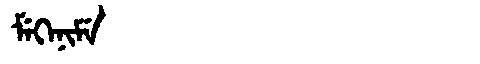
Manchu: ᠮᡝᡴᡝᠨᡳᠮᡝ
Romanization: MEKENIME